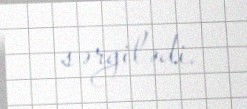
sərgilədi.